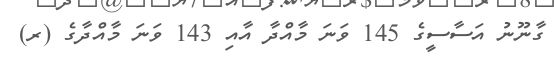
ގާނޫނު އަސާސީގެ 145 ވަނަ މާއްދާ އާއި 143 ވަނަ މާއްދާގެ (ރ)